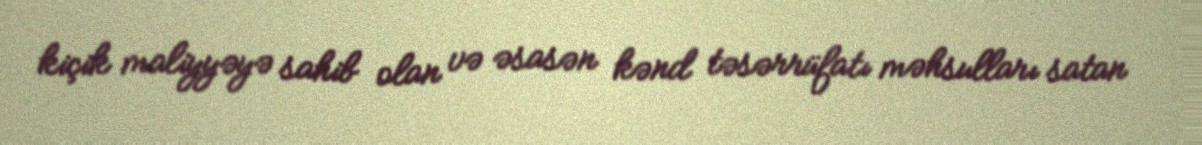
kiçik maliyyəyə sahib olan və əsasən kənd təsərrüfatı məhsulları satan